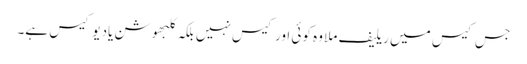
جس کیس میں ریلیف ملا وہ کوئی اور کیس نہیں بلکہ کلبھوشن یادیو کیس ہے۔